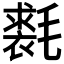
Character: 𣰐